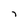
Character: 7